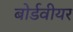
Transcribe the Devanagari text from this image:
बोर्डवीयर